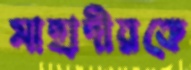
মাহাদীরকে